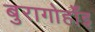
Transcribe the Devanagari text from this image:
बुरागोहाँइ